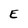
Character: E